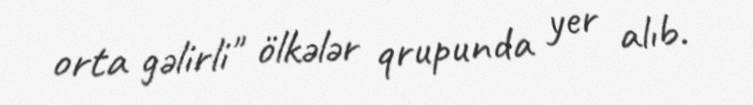
orta gəlirli" ölkələr qrupunda yer alıb.